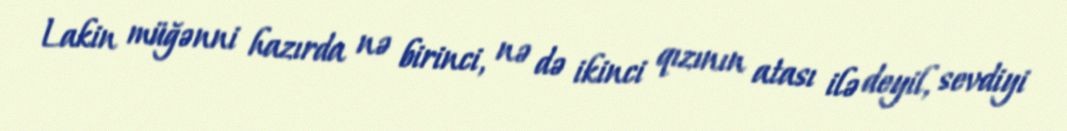
Lakin müğənni hazırda nə birinci, nə də ikinci qızının atası ilə deyil, sevdiyi